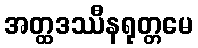
အတ္ထဒဿီနရုတ္တမေ